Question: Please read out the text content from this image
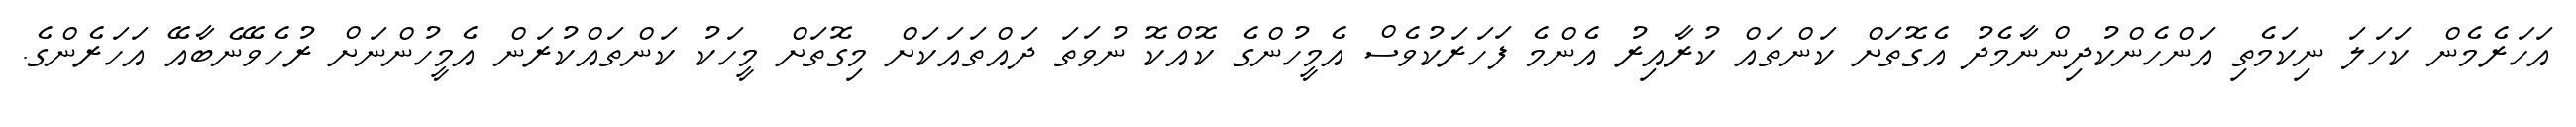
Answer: އަހަރެމެން ކަހަލަ ނިކަމެތި އަންހެންކުދިންނާމެދު އެގޮތަށް ކަންތައް ކުރާއިރު އެންމެ ފަހަރަކުވެސް އެމީހުންގެ ކޮއްކޮ ނުވަތަ ދައްތައަކަށް މިގޮތަށް މީހަކު ކަންތައްކުރަން އެމީހުންނަށް ރުހެވޭނެބާއޭ އަހަރެންގެ.